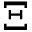
\Xi